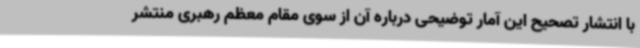
با انتشار تصحیح این آمار توضیحی درباره آن از سوی مقام معظم رهبری منتشر